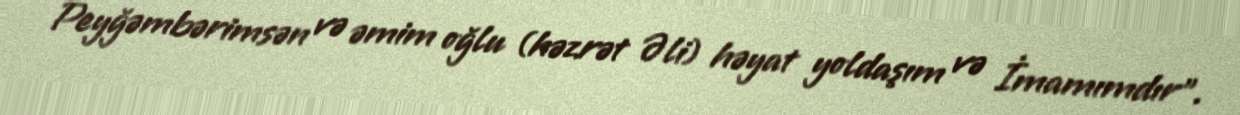
Peyğəmbərimsən və əmim oğlu (həzrət Əli) həyat yoldaşım və İmamımdır”.